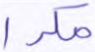
مكرا